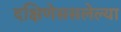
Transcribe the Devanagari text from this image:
दक्षिणेससलेल्या